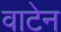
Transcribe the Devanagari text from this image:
वाटेन